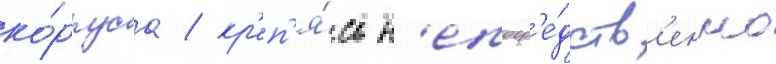
ко́рпуса / кр'еп'я́сь н'епоср'е́дств'енно